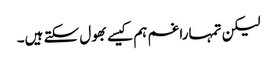
لیکن تمہارا غم ہم کیسے بھول سکتے ہیں۔